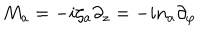
M _ { a } = - i \zeta _ { a } \partial _ { z } = - i n _ { a } \partial _ { \varphi }